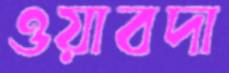
ওয়াবদা